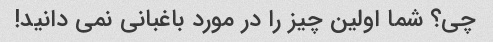
چی؟ شما اولین چیز را در مورد باغبانی نمی دانید!